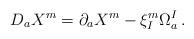
LaTeX: \begin{align*}D_aX^m = \partial_a X^m -\xi^m_I\Omega_a^I \, . \end{align*}